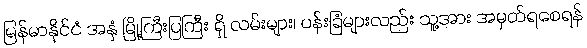
မြန်မာနိုင်ငံ အနှံ မြို့ကြီးပြကြီး ရှိ လမ်းများ၊ ပန်းခြံများလည်း သူ့အား အမှတ်ရစေရန်